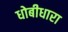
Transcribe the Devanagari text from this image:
धोबीधारा